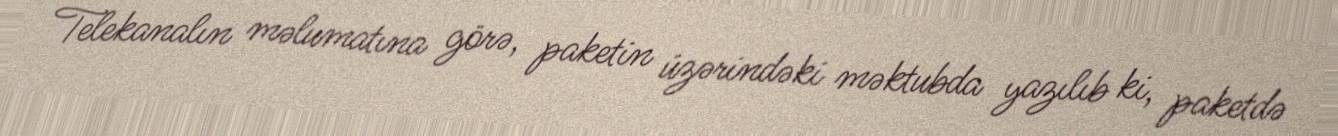
Telekanalın məlumatına görə, paketin üzərindəki məktubda yazılıb ki, paketdə